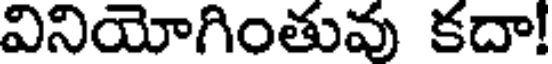
వినియోగింతువు కదా!